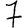
Digit: 7